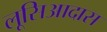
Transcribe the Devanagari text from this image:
लूसिआदास